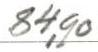
84,90